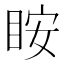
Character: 𥅥